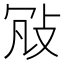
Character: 𢼐